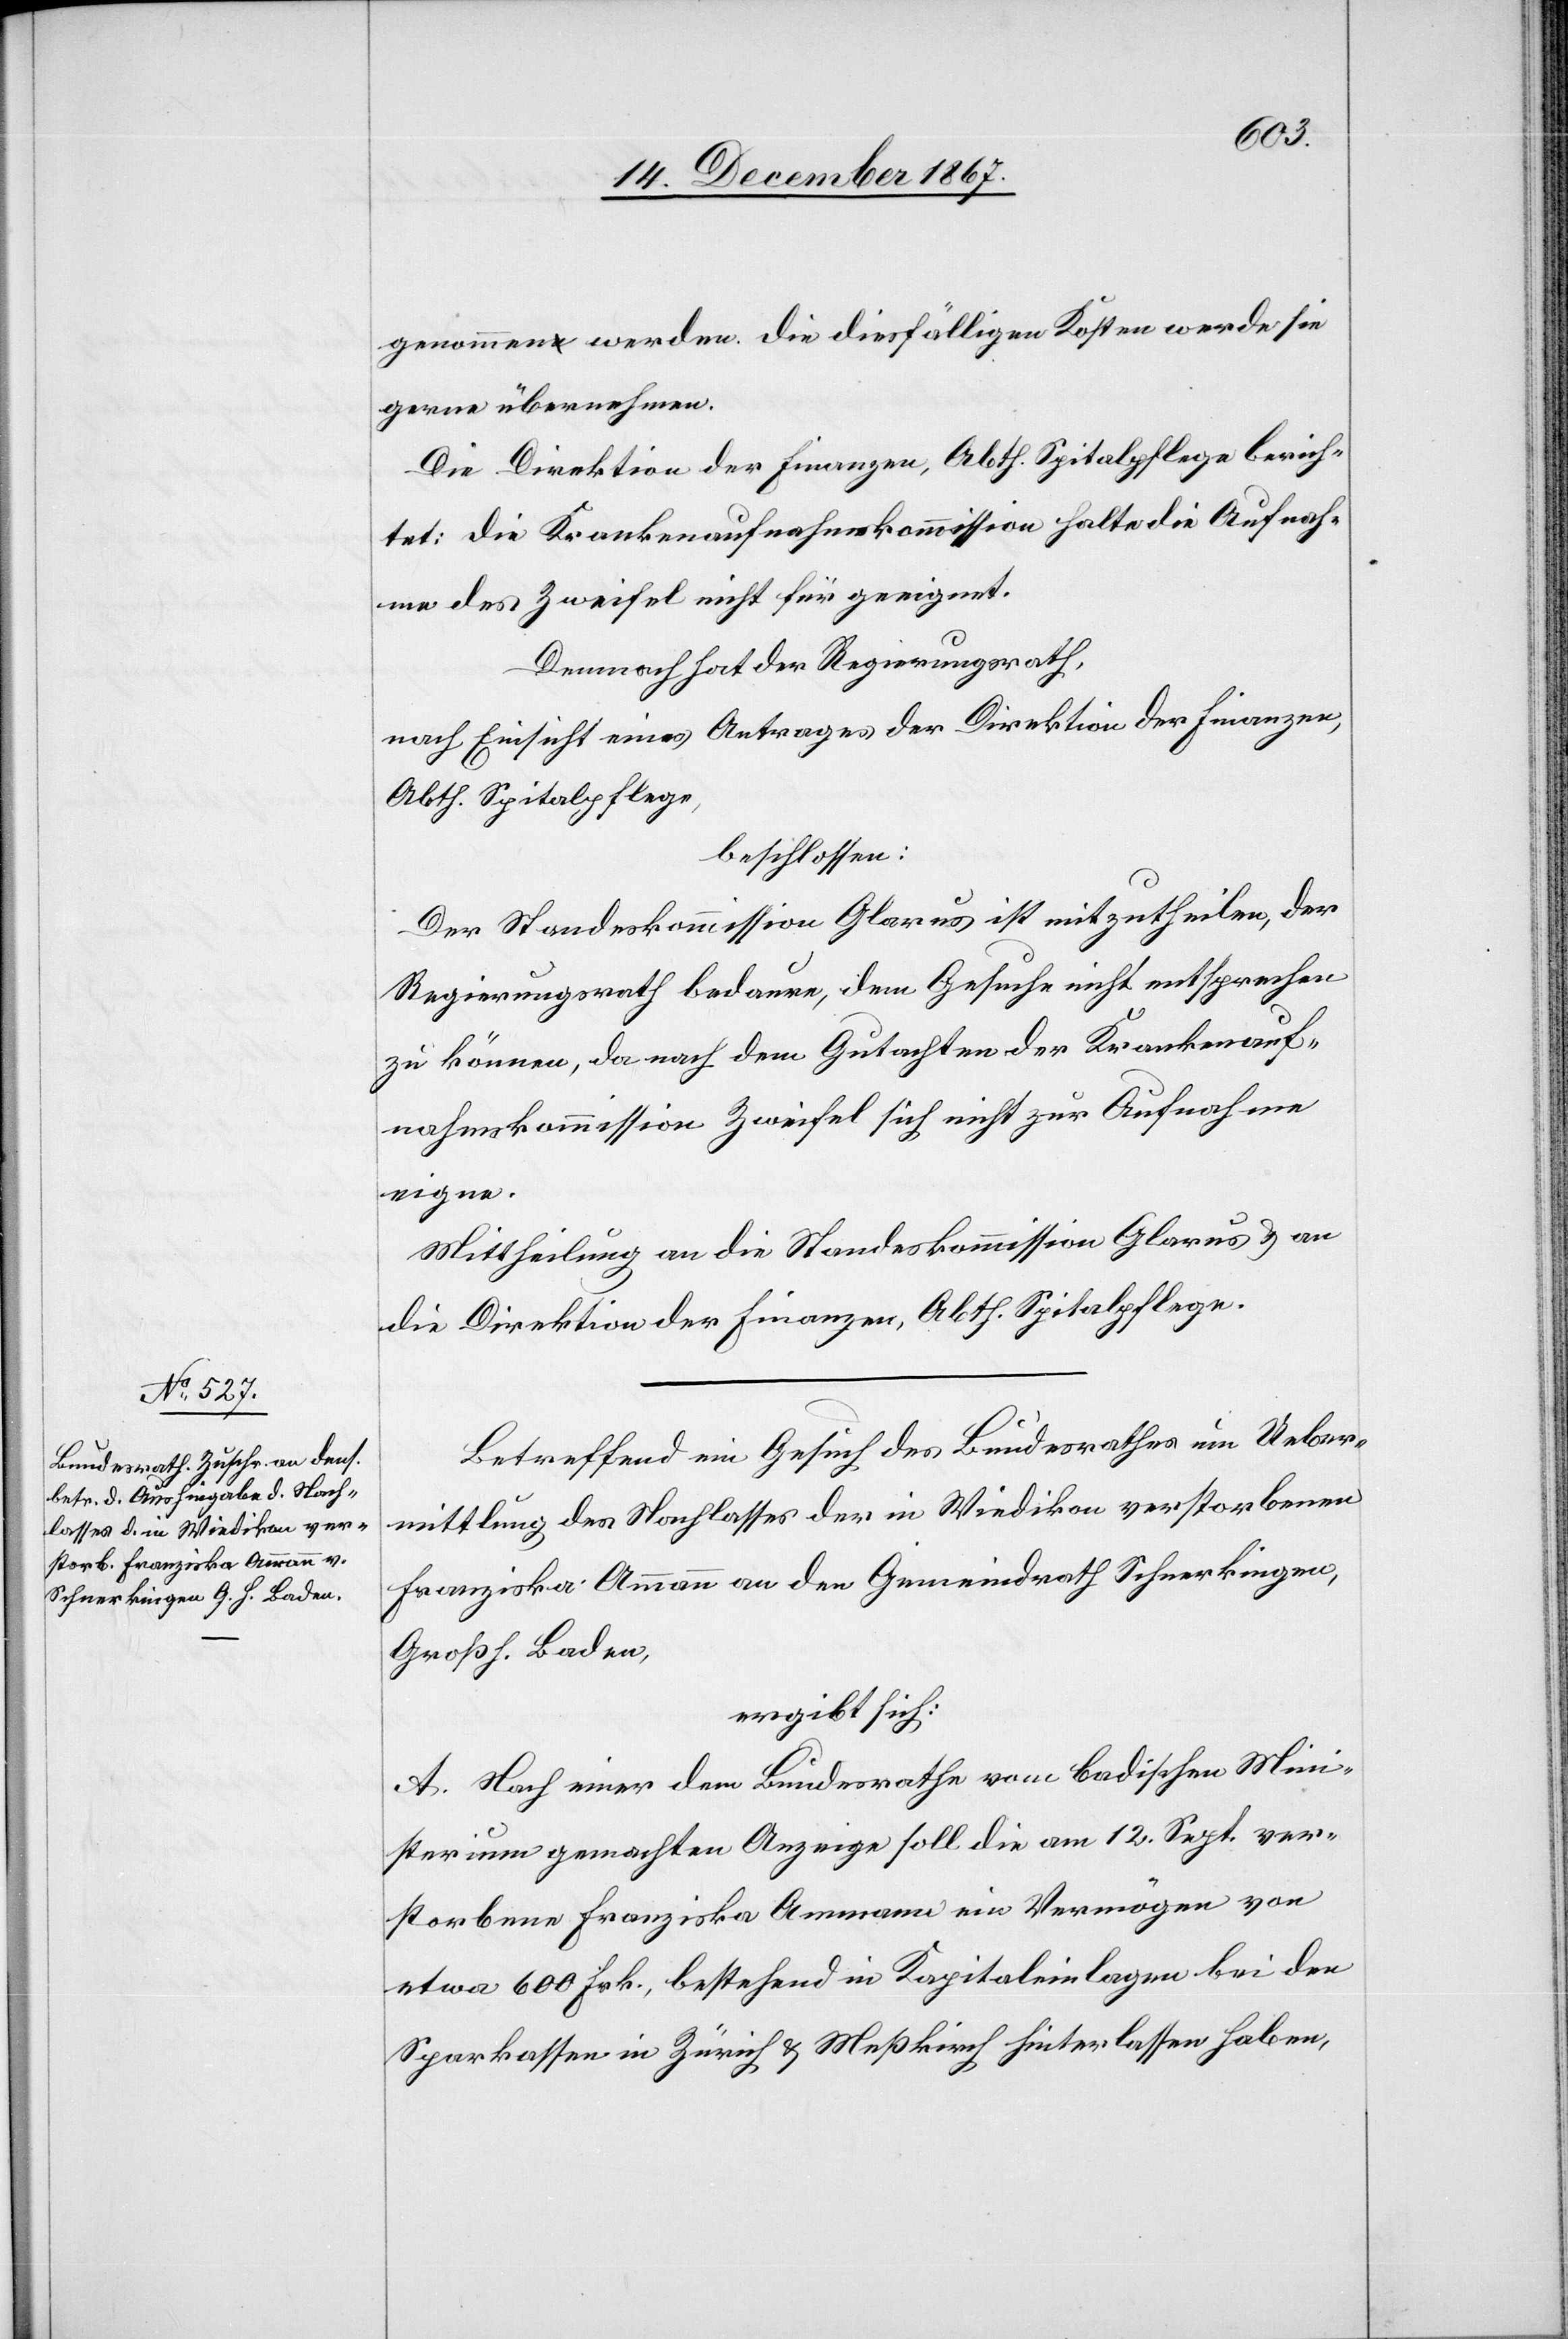
genommen werden, die diesfälligen Kosten werde sie
gerne übernehmen.
Die Direktion der Finanzen, Abth. Spitalpflege berich¬
tet: Die Krankenaufnahmskommission halte die Aufnah¬
me des Zweifel nicht für geeignet.
Demnach hat der Regierungsrath,
nach Einsicht eines Antrages der Direktion der Finanzen,
Abth. Spitalpflege,
beschlossen:
Der Standeskommission Glarus ist mitzutheilen, der
Regierungsrath bedaure, dem Gesuch nicht entsprechen
zu können, da nach dem Gutachten der Krankenauf¬
nahmskommission Zweifel sich nicht zur Aufnahme
eigne.
Mittheilung an die Standeskommission Glarus u. an
die Direktion der Finanzen, Abth. Spitalpflege.
Betreffend ein Gesuch des Bundesrathes um Ueber¬
mittlung des Nachlasses der in Wiedikon verstorbenen
Franziska Ammann an den Gemeindrath Schnerkingen,
Großh. Baden,
ergibt sich:
A. Nach einer dem Bundesrathe vom badischen Mini¬
sterium gemachten Anzeige soll die am 12. Sept. ver¬
storbene Franziska Ammann ein Vermögen von
etwa 600. Frk., bestehend in Kapitaleinlagen bei den
Sparkassen in Zürich u. Meßkirch hinterlassen haben,